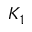
K _ { 1 }